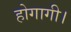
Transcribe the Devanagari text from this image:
होगागी।